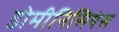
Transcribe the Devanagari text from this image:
डोमीनिसियंस